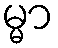
မ္မာ